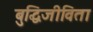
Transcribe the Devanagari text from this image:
बुद्धिजीविता